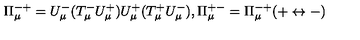
\Pi _ { \mu } ^ { - + } = U _ { \mu } ^ { - } ( T _ { \mu } ^ { - } U _ { \mu } ^ { + } ) U _ { \mu } ^ { + } ( T _ { \mu } ^ { + } U _ { \mu } ^ { - } ) , \Pi _ { \mu } ^ { + - } = \Pi _ { \mu } ^ { - + } ( + \leftrightarrow - )